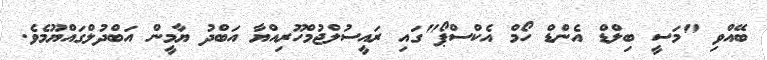
ބޭއްވި "މަސީ ބިލްޑް އެންޑް ހޯމް އެކްސްޕޯ"ގައި ރައީސުލްޖުމްހޫރިއްޔާ އަބްދު ޔާމީން އަބްދުލްގައްޔޫމެވެ.